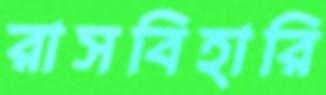
রাসবিহারি